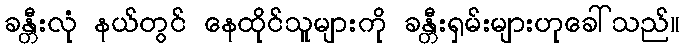
ခန္တီးလုံ နယ်တွင် နေထိုင်သူများကို ခန္တီးရှမ်းများဟုခေါ်သည်။